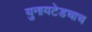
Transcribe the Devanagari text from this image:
युनायटेडचाच